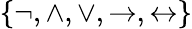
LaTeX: \{ \neg,\land,\lor,\to,\leftrightarrow\}